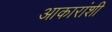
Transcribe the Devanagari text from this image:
आकारांशी